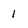
Character: 1